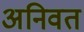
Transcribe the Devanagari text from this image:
अनिवत